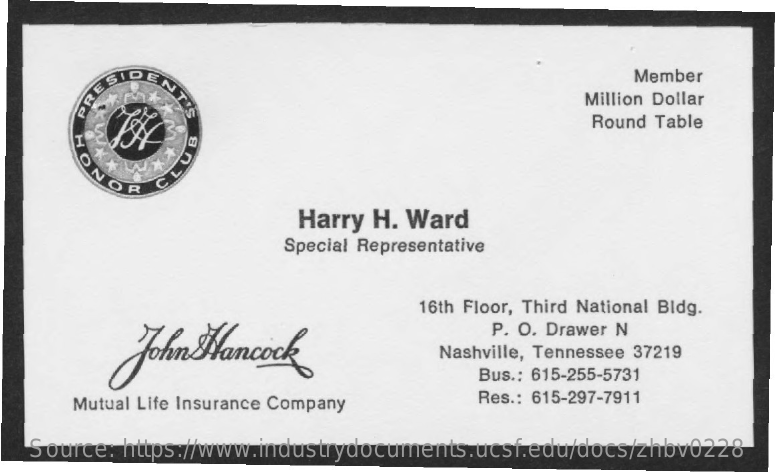
EN    Member
     Million Dollar PRE
     Round Table
     807 ONOR
     Harry H. Ward
     Special Representative
     16th Floor, Third National Bldg.
     John Hancock
     P. O. Drawer N
     Nashville, Tennessee 37219
     Bus .: 615-255-5731
     Mutual Life Insurance Company    Res .: 615-297-7911
   Source: https://www.industrydocuments.ucsf.edu/docs/zhbv0228